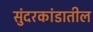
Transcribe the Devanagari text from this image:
सुंदरकांडातील